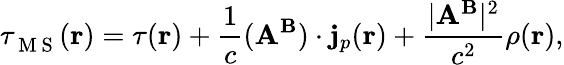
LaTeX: \tau_{\mathrm{~M~S~}}^{}(\mathbf{r})=\tau(\mathbf{r})+\frac{1}{c}(\mathbf{A}^{\mathbf{B}})\cdot\mathbf{j}_{p}(\mathbf{r})+\frac{|\mathbf{A}^{\mathbf{B}}|^{2}}{c^{2}}\rho(\mathbf{r}),